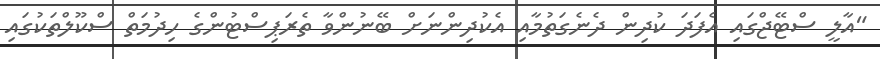
"އާލީ ސްޓޭޖްގައި އެފަދަ ކުދިން ދެނެގަތުމާއި އެކުދިންނަށް ބޭނުންވާ ތެރަޕިސްޓުންގެ ހިދުމަތް ސްކޫލްތަކުގައި